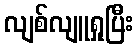
လျစ်လျူရှုပြီး